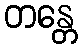
တန္တေ